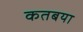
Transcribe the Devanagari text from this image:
कतबया